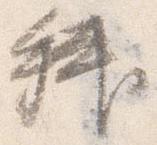
拝